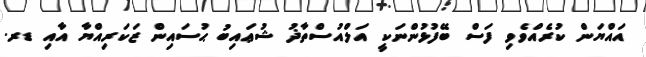
އައްޔަން ކުރެއްވެވި ފަސް ބޭފުޅުންނަކީ އަލްއުސްތާޛު ޝުޢައިބު ޙުސައިން ޒަކަރިއްޔާ އާއި ޑރ.